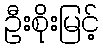
ဦးစိုးမြင့်